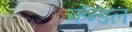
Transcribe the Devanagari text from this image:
व्हॅन्डल